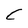
Character: C